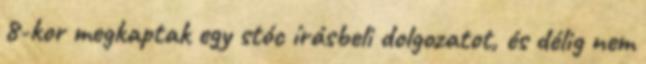
8-kor megkaptak egy stóc írásbeli dolgozatot, és délig nem